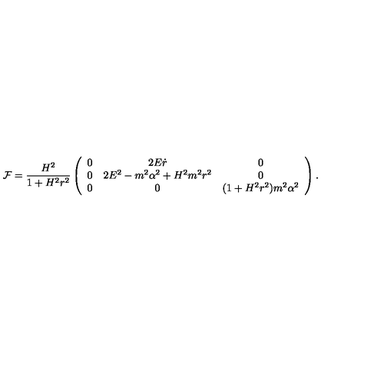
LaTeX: { \cal F } = \frac { H ^ { 2 } } { 1 + H ^ { 2 } r ^ { 2 } } \left( \begin{array} { c c c } { 0 } & { 2 E \dot { r } } & { 0 } \\ { 0 } & { 2 E ^ { 2 } - m ^ { 2 } \alpha ^ { 2 } + H ^ { 2 } m ^ { 2 } r ^ { 2 } } & { 0 } \\ { 0 } & { 0 } & { ( 1 + H ^ { 2 } r ^ { 2 } ) m ^ { 2 } \alpha ^ { 2 } } \\ \end{array} \right) .